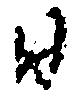
日